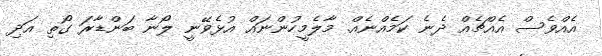
އެއްވެސް އެއްޗެއް ދެނެ ކަމެއްނެއް. މާލެމީހުންނައް އުޅެވޭނީ ލޯނާ ބަންޑާރަ ގޯތި އަދި